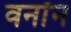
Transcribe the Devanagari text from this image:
वर्नॉन